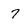
Character: 7